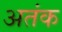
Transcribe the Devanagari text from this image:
अतंक